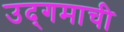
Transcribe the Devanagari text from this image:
उद्‌गमाची